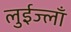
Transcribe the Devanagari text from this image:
लुईज्लाँ